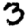
Digit: 3